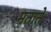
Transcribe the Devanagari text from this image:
मताते